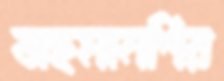
বাহমানশির